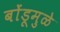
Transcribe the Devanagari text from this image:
बोंडूमुळे